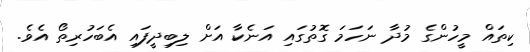
ކިތައް މީހުންގެ މުދާ ނަހަމަ ގޮތުގައި އަނެކާ އަށް ލިބިދީފައި އެބަހުރިތޯ އެވެ.